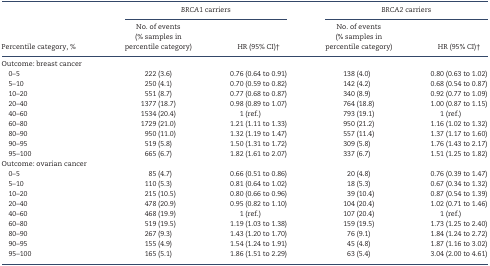
<table><thead><tr><td rowspan="2"><b>Percentile category, %</b></td><td colspan="2"><b><i>BRCA1</i> carriers</b></td><td colspan="2"><b><i>BRCA2</i> carriers</b></td></tr><tr><td><b>No. of events (% samples in percentile category)</b></td><td><b>HR (95% CI)†</b></td><td><b>No. of events (% samples in percentile category)</b></td><td><b>HR (95% CI)†</b></td></tr></thead><tbody><tr><td>Outcome: breast cancer</td><td></td><td></td><td></td><td></td></tr><tr><td> 0–5</td><td>222 (3.6)</td><td>0.76 (0.64 to 0.91)</td><td>138 (4.0)</td><td>0.80 (0.63 to 1.02)</td></tr><tr><td> 5–10</td><td>250 (4.1)</td><td>0.70 (0.59 to 0.82)</td><td>142 (4.2)</td><td>0.68 (0.54 to 0.87)</td></tr><tr><td> 10–20</td><td>551 (8.7)</td><td>0.77 (0.68 to 0.87)</td><td>340 (8.9)</td><td>0.92 (0.77 to 1.09)</td></tr><tr><td> 20–40</td><td>1377 (18.7)</td><td>0.98 (0.89 to 1.07)</td><td>764 (18.8)</td><td>1.00 (0.87 to 1.15)</td></tr><tr><td> 40–60</td><td>1534 (20.4)</td><td>1 (ref.)</td><td>793 (19.1)</td><td>1 (ref.)</td></tr><tr><td> 60–80</td><td>1729 (21.0)</td><td>1.21 (1.11 to 1.33)</td><td>950 (21.2)</td><td>1.16 (1.02 to 1.32)</td></tr><tr><td> 80–90</td><td>950 (11.0)</td><td>1.32 (1.19 to 1.47)</td><td>557 (11.4)</td><td>1.37 (1.17 to 1.60)</td></tr><tr><td> 90–95</td><td>519 (5.8)</td><td>1.50 (1.31 to 1.72)</td><td>309 (5.8)</td><td>1.76 (1.43 to 2.17)</td></tr><tr><td> 95–100</td><td>665 (6.7)</td><td>1.82 (1.61 to 2.07)</td><td>337 (6.7)</td><td>1.51 (1.25 to 1.82)</td></tr><tr><td>Outcome: ovarian cancer</td><td></td><td></td><td></td><td></td></tr><tr><td> 0–5</td><td>85 (4.7)</td><td>0.66 (0.51 to 0.86)</td><td>20 (4.8)</td><td>0.76 (0.39 to 1.47)</td></tr><tr><td> 5–10</td><td>110 (5.3)</td><td>0.81 (0.64 to 1.02)</td><td>18 (5.3)</td><td>0.67 (0.34 to 1.32)</td></tr><tr><td> 10–20</td><td>215 (10.5)</td><td>0.80 (0.66 to 0.96)</td><td>39 (10.4)</td><td>0.87 (0.54 to 1.39)</td></tr><tr><td> 20–40</td><td>478 (20.9)</td><td>0.95 (0.82 to 1.10)</td><td>104 (20.4)</td><td>1.02 (0.71 to 1.46)</td></tr><tr><td> 40–60</td><td>468 (19.9)</td><td>1 (ref.)</td><td>107 (20.4)</td><td>1 (ref.)</td></tr><tr><td> 60–80</td><td>519 (19.5)</td><td>1.19 (1.03 to 1.38)</td><td>159 (19.5)</td><td>1.73 (1.25 to 2.40)</td></tr><tr><td> 80–90</td><td>267 (9.3)</td><td>1.43 (1.20 to 1.70)</td><td>76 (9.1)</td><td>1.84 (1.24 to 2.72)</td></tr><tr><td> 90–95</td><td>155 (4.9)</td><td>1.54 (1.24 to 1.91)</td><td>45 (4.8)</td><td>1.87 (1.16 to 3.02)</td></tr><tr><td> 95–100</td><td>165 (5.1)</td><td>1.86 (1.51 to 2.29)</td><td>63 (5.4)</td><td>3.04 (2.00 to 4.61)</td></tr></tbody></table>